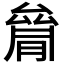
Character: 𠬐